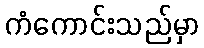
ကံကောင်းသည်မှာ